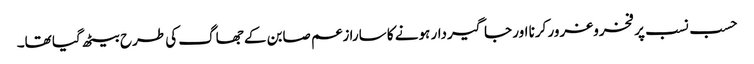
حسب نسب پر فخروغرور کرنا اور جاگیردار ہونے کا سارا زعم صابن کے جھاگ کی طرح بیٹھ گیا تھا۔